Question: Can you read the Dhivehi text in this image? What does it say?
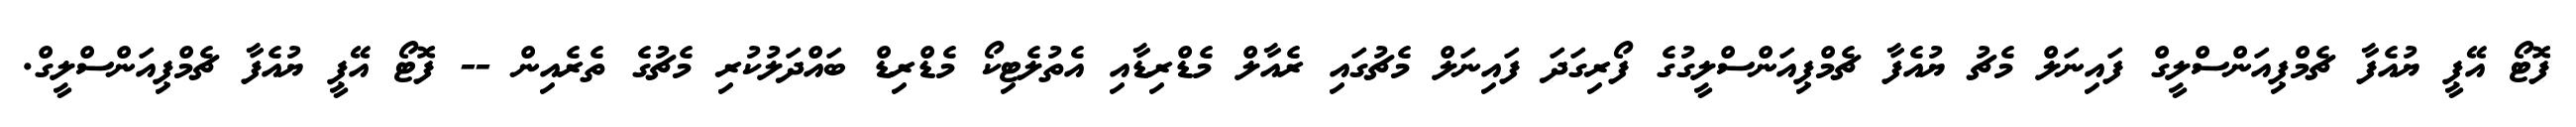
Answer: ފޮޓޯ އޭޕީ ޔުއެފާ ޗެމްޕިއަންސްލީގް ފައިނަލް މެޗު ޔުއެފާ ޗެމްޕިއަންސްލީގުގެ ފޯރިގަދަ ފައިނަލް މެޗުގައި ރެއާލް މެޑްރިޑާއި އެތުލެޓިކޯ މެޑްރިޑް ބައްދަލުކުރި މެޗުގެ ތެރެއިން -- ފޮޓޯ އޭޕީ ޔުއެފާ ޗެމްޕިއަންސްލީގް.